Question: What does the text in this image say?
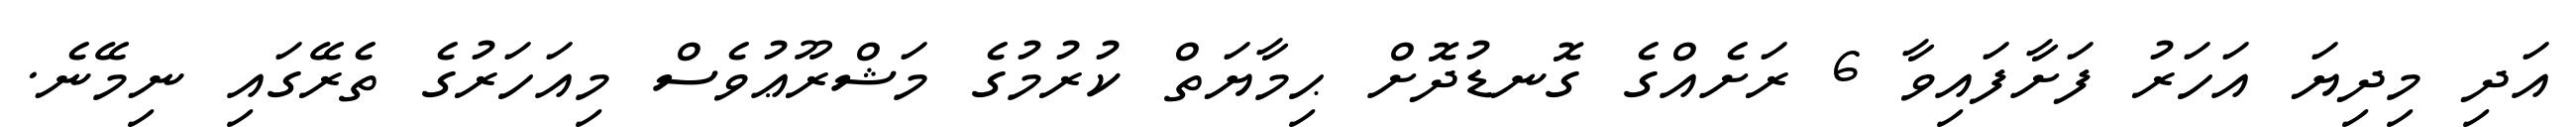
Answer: އަދި މިދިޔަ އަހަރު ފަށާފައިވާ 6 ރަށެއްގެ ގޮނޑުދޮށް ޙިމާޔަތް ކުރުމުގެ މަޝްރޫޢުވެސް މިއަހަރުގެ ތެރޭގައި ނިމޭނެ.